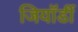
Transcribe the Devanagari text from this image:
जियॉर्डी